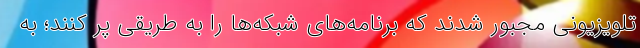
تلویزیونی مجبور شدند که برنامه‌های شبکه‌ها را به طریقی پر کنند؛ به